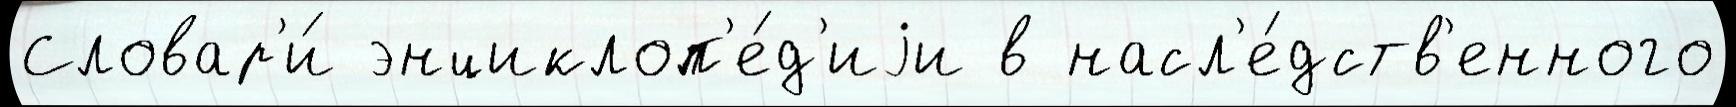
Словар'и́ энциклоп'е́д'иjи в насл'е́дств'енного